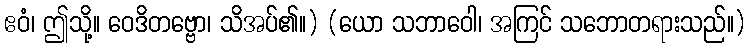
ဧဝံ၊ ဤသို့။ ဝေဒိတဗ္ဗော၊ သိအပ်၏။) (ယော သဘာဝေါ၊ အကြင် သဘောတရားသည်။)